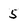
Character: 5